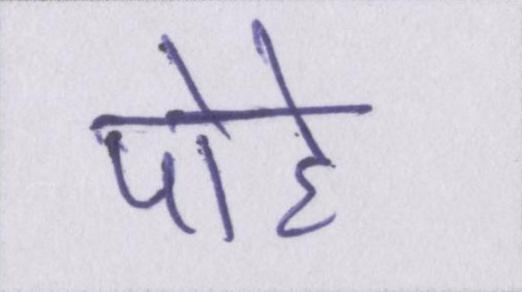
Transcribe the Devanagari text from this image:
पोहे